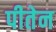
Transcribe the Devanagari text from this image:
पीतेन